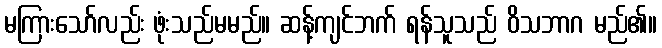
မကြားသော်လည်း ဖုံးသည်မမည်။ ဆန့်ကျင်ဘက် ရန်သူသည် ဝိသဘာဂ မည်၏။